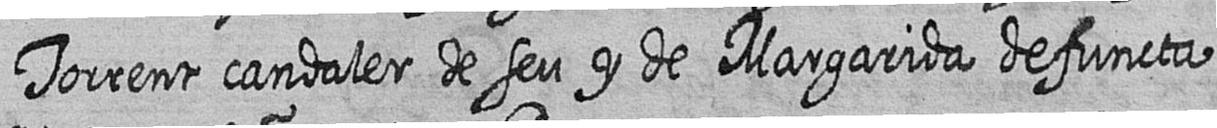
Torrent candaler de seu y de Margarida defuncta